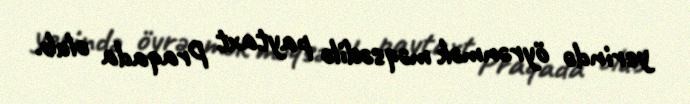
yerində öyrənmək məqsədilə paytaxt Praqada olub.